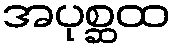
အပုစ္ဆထ